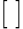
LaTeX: [\ ]